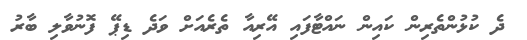
ދެ ކުޅުންތެރިން ކައިން ނައްޓާފައި އޭރިއާ ތެރެއަށް ވަދެ ޑިޕޭ ފޮނުވާލި ބާރު